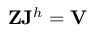
\mathbf { Z } \mathbf { J } ^ { h } = \mathbf { V }